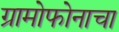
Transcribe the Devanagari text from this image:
ग्रामोफोनाचा